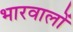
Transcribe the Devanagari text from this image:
भारवालों